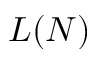
L ( N )